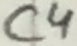
Text: C4